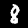
Label: 8